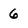
Character: 6